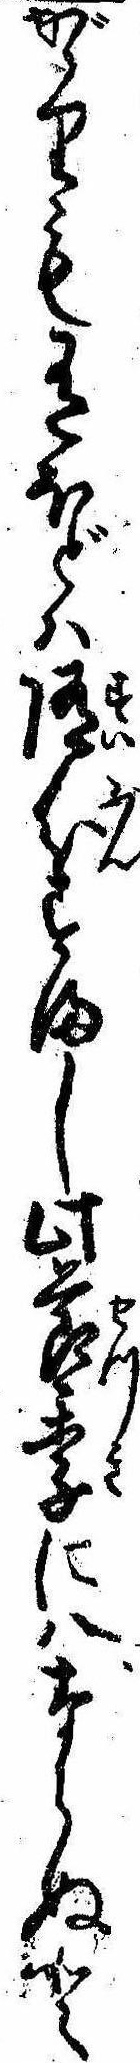
がゝりも有ほどは随分すまし此節季にはならぬと